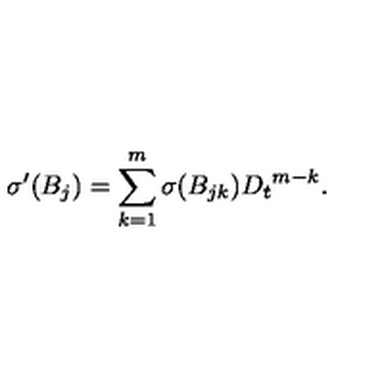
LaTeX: { \sigma } ^ { \prime } ( B _ { j } ) = \sum _ { k = 1 } ^ { m } { \sigma } ( B _ { j k } ) { D _ { t } } ^ { m - k } .